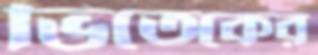
ভিতেকের